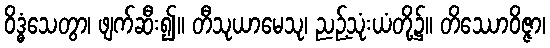
ဝိဒ္ဓံသေတွာ၊ ဖျက်ဆီး၍။ တီသုယာမေသု၊ ညဉ့်သုံးယံတို့၌။ တိဿောဝိဇ္ဇာ၊